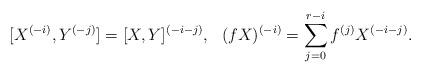
LaTeX: \begin{align*} [X^{(-i)},Y^{(-j)}]=[X,Y]^{(-i-j)},\ \ (fX)^{(-i)}=\sum_{j=0}^{r-i} f^{(j)}X^{(-i-j)}.\end{align*}